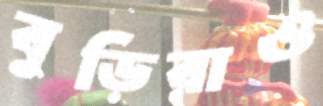
বুড়িরাও